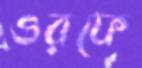
ওরফে